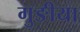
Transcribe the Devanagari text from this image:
गुङीया